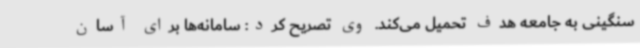
سنگینی به جامعه هدف تحمیل می‌کند. وی تصریح کرد: سامانه‌ها برای آسان